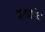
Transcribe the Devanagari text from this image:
जयतचंद्र